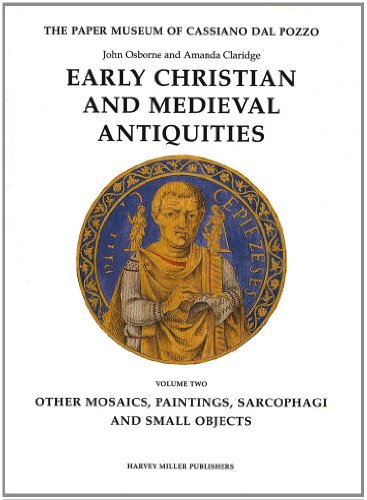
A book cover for Early Christian and Medieval Antiquities: (Vol. 2) Other Mosaics, Paintings, Sarcophagi and Small Objects (The Paper Museum of Cassiano dal Pozzo. Series A: Antiquities and Architecture); John Osborne; Crafts, Hobbies & Home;